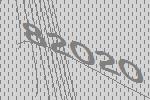
82020